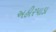
અહીરપાડા